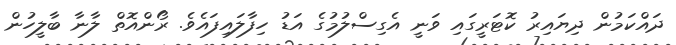
ދައްކަމުން ދިޔައިރު ކޮޓަރީގައި ވަނީ އެގިސްލުމުގެ އަޑު ހިފާލައިފައެވެ. ރޯންއޮތް ލާނާ ބާލީހުން